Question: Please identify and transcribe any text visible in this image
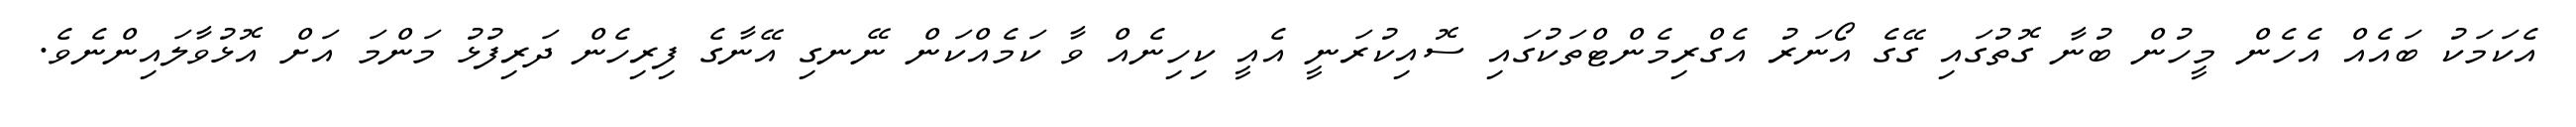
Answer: އެކަމަކު ބައެއް އެހެން މީހުން ބުނާ ގޮތުގައި ގޭގެ އޯނަރު އެގްރިމެންޓްތަކުގައި ސޮއިކުރަނީ އެއީ ކިހިނެއް ވާ ކަމެއްކަން ނޭނގި އޭނާގެ ފިރިހެން ދަރިފުޅު މަންމަ އަށް އޮޅުވާލައިންނެވެ.